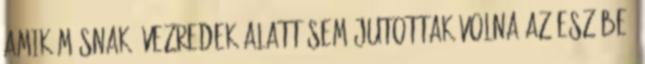
amik másnak évezredek alatt sem jutottak volna az eszébe.